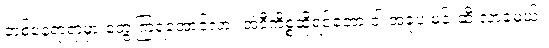
တစ်နေရာရာမှာ တွေ့ကြရအောင်လား အဲဒီကိစ္စဆိုရင်တော့ ငါ အခုပဲ မင်းဆီ လာခဲ့မယ်။